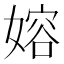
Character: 嫆